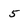
Character: 5